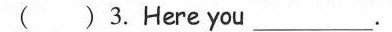
( )3.Here you___